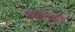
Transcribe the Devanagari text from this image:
संपानिक्षेप